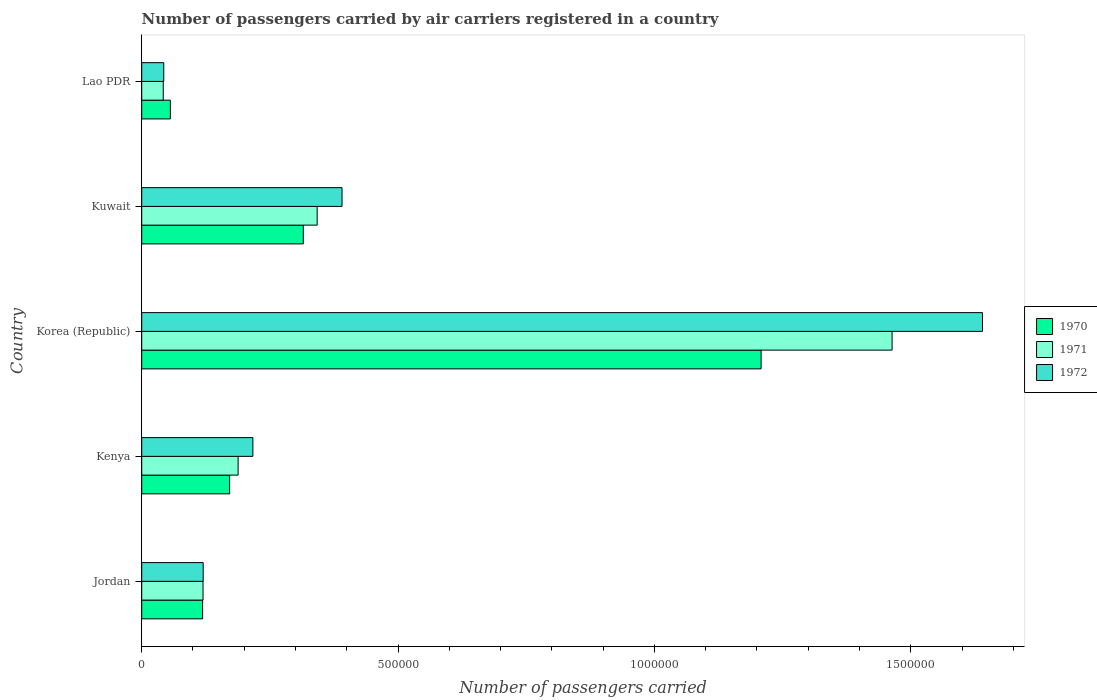
| Country | 1970 | 1971 | 1972 |
 | --- | --- | --- | --- |
 | Jordan | 1.19e+05 | 1.2e+05 | 1.2e+05 |
 | Kenya | 1.72e+05 | 1.88e+05 | 2.17e+05 |
 | Korea (Republic) | 1.21e+06 | 1.46e+06 | 1.64e+06 |
 | Kuwait | 3.15e+05 | 3.42e+05 | 3.91e+05 |
 | Lao PDR | 5.59e+04 | 4.2e+04 | 4.3e+04 |